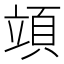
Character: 𥪙